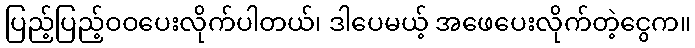
ပြည့်ပြည့်ဝဝပေးလိုက်ပါတယ်၊ ဒါပေမယ့် အဖေပေးလိုက်တဲ့ငွေက။